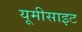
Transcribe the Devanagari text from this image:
यूमीसाइट